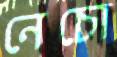
নেচো